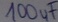
Text: 100µF